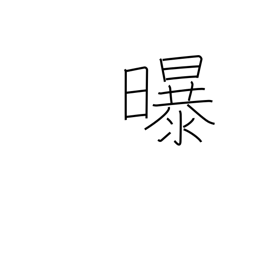
Meaning: air